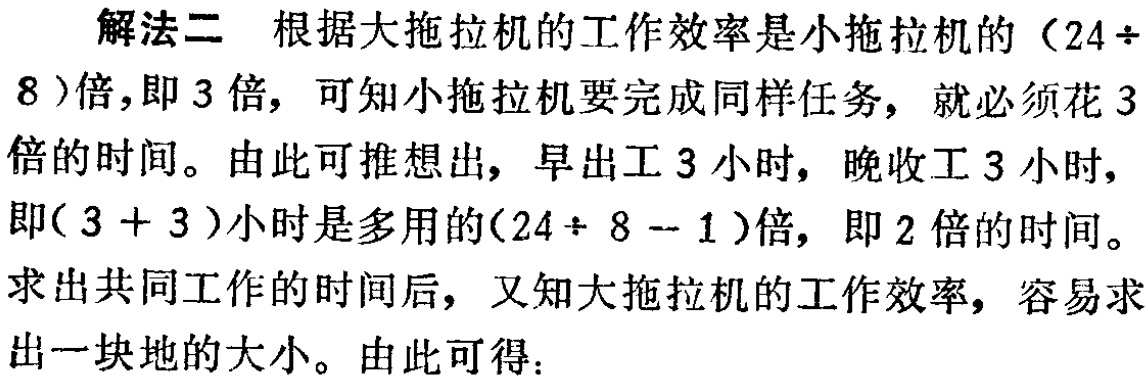
解法二 根据大拖拉机的工作效率是小拖拉机的（\(24 \div 8\)）倍，即 \(3\) 倍，可知小拖拉机要完成同样任务，就必须花 \(3\) 倍的时间。由此可推想出，早出工 \(3\) 小时，晚收工 \(3\) 小时，即\((3 + 3)\)小时是多用的\((24 \div 8 - 1)\)倍，即 \(2\) 倍的时间。求出共同工作的时间后，又知大拖拉机的工作效率，容易求出一块地的大小。由此可得：